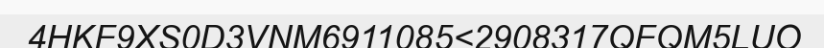
4HKF9XS0D3VNM6911085<2908317QFQM5LUO